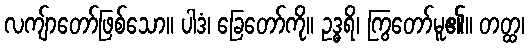
လကျ်ာတော်ဖြစ်သော။ ပါဒံ၊ ခြေတော်ကို။ ဥဒ္ဓရိ၊ ကြွတော်မူ၏။ တတ္ထ၊